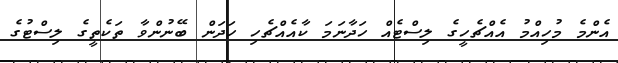
އެންމެ މުހިއްމު އެއްޗެހީގެ ލިސްޓެއް ހަދާނަމަ ކާއެއްޗެހި ހަދަން ބޭނުންވާ ތަކެތީގެ ލިސްޓުގެ